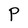
Character: P